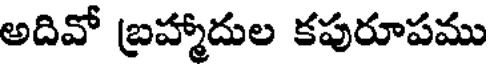
అదివో బ్రహ్మాదుల కపురూపము